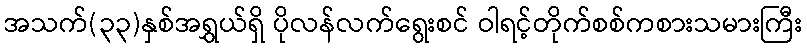
အသက်(၃၃)နှစ်အရွှယ်ရှိ ပိုလန်လက်ရွေးစင် ဝါရင့်တိုက်စစ်ကစားသမားကြီး